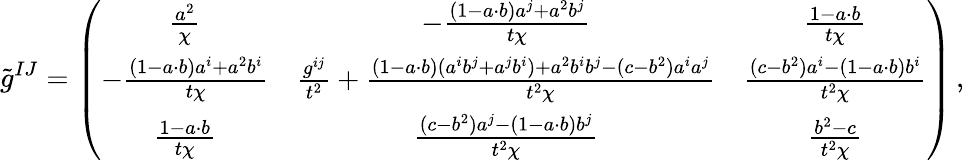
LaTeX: \tilde{g}^{IJ}=\left(\begin{array}{ccc}{\frac{a^{2}}{\chi}}&{-\frac{(1-a\cdot b)a^{j}+a^{2}b^{j}}{t\chi}}&{\frac{1-a\cdot b}{t\chi}}\\ {-\frac{(1-a\cdot b)a^{i}+a^{2}b^{i}}{t\chi}}&{\frac{g^{ij}}{t^{2}}+\frac{(1-a\cdot b)(a^{i}b^{j}+a^{j}b^{i})+a^{2}b^{i}b^{j}-(c-b^{2})a^{i}a^{j}}{t^{2}\chi}}&{\frac{(c-b^{2})a^{i}-(1-a\cdot b)b^{i}}{t^{2}\chi}}\\ {\frac{1-a\cdot b}{t\chi}}&{\frac{(c-b^{2})a^{j}-(1-a\cdot b)b^{j}}{t^{2}\chi}}&{\frac{b^{2}-c}{t^{2}\chi}}\end{array}\right)\, ,